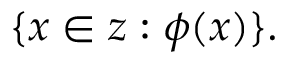
\{ x \in z : \phi ( x ) \} .